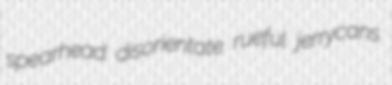
spearhead disorientate rueful jerrycans